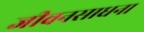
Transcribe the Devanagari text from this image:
जीवनसाधना